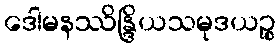
ဒေါမနဿိန္ဒြိယသမုဒယဉ္စ